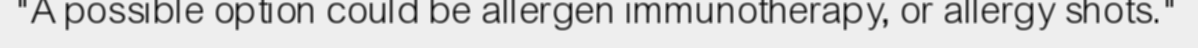
"A possible option could be allergen immunotherapy, or allergy shots."